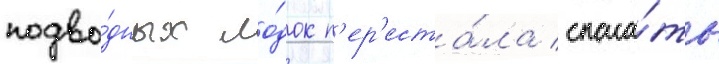
подво́дных ло́док п'ер'еста́ла спаса́ть